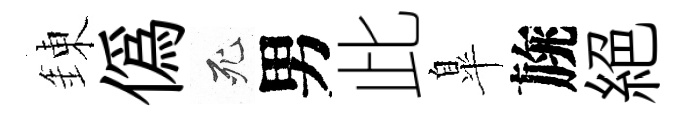
錬偽死男此臯旐絶